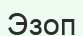
Эзоп